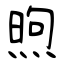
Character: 煦